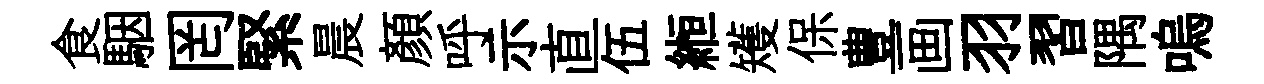
食駰罔緊晨顏呼示直伍縆矱保豊画羽習隅嗚